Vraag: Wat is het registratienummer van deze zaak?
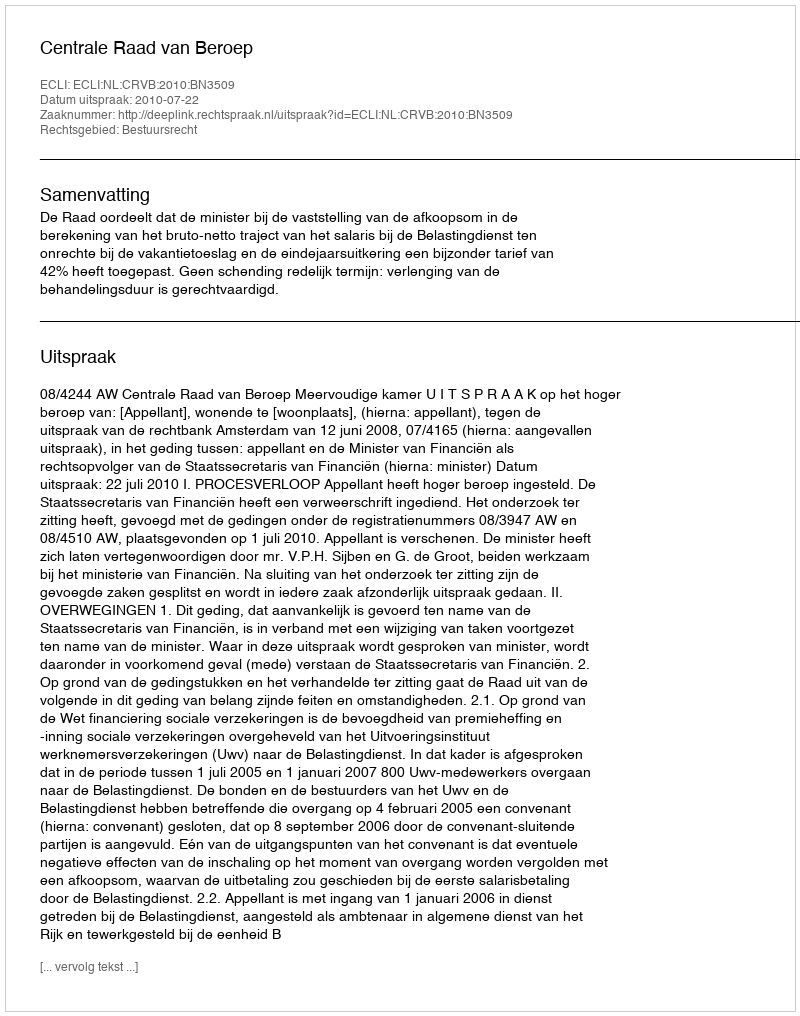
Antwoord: http://deeplink.rechtspraak.nl/uitspraak?id=ECLI:NL:CRVB:2010:BN3509